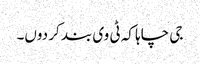
جی چاہا کہ ٹی وی بند کر دوں۔